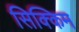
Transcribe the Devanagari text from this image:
सिक्‍िकम